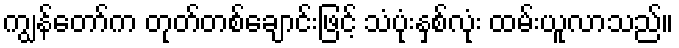
ကျွန်တော်က တုတ်တစ်ချောင်းဖြင့် သံပုံးနှစ်လုံး ထမ်းယူလာသည်။